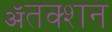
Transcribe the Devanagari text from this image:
ॲतक्शन